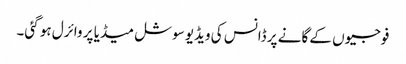
فوجیوں کے گانے پر ڈانس کی ویڈیو سوشل میڈیا پر وائرل ہو گئی۔